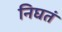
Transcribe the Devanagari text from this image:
निघतं